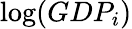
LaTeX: \log(GDP_{i})